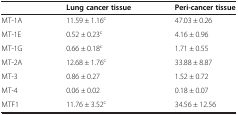
|  | Lung cancer tissue | Peri-cancer tissue |
 | --- | --- | --- |
 | MT-1A | 11.59 ± 1.16c | 47.03 ± 0.26 |
 | MT-1E | 0.52 ± 0.23c | 4.16 ± 0.96 |
 | MT-1G | 0.66 ± 0.18c | 1.71 ± 0.55 |
 | MT-2A | 12.68 ± 1.76c | 33.88 ± 8.87 |
 | MT-3 | 0.86 ± 0.27 | 1.52 ± 0.72 |
 | MT-4 | 0.06 ± 0.02 | 0.18 ± 0.07 |
 | MTF1 | 11.76 ± 3.52c | 34.56 ± 12.56 |